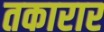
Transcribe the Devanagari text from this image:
तकारार